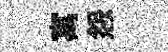
寓怨